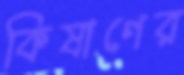
কিষাণের